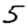
Digit: 5